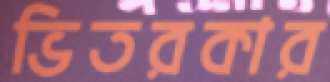
ভিতরকার